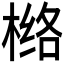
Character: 𰘅